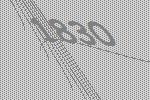
1830